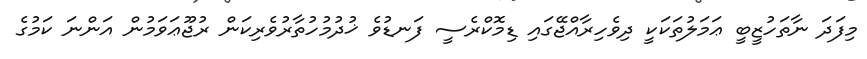
މިފަދަ ނާތަހުޒީބީ ޢަމަލުތަކަކީ ދިވެހިރާއްޖޭގައި ޑިމޮކްރެސީ ފަނޑުވެ ޚުދުމުހުތާރުވެރިކަން ރުޖޫޢަވަމުން އަންނަ ކަމުގެ